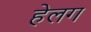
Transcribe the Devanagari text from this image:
हेलग